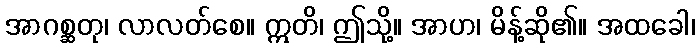
အာဂစ္ဆတု၊ လာလတ်စေ။ ဣတိ၊ ဤသို့။ အာဟ၊ မိန့်ဆို၏။ အထခေါ၊